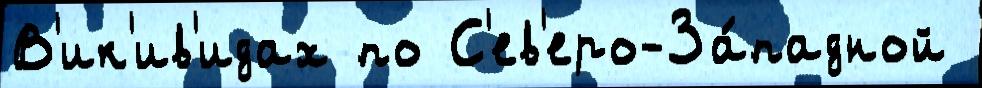
В'ик'ив'идах по С'ев'еро-За́падной